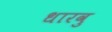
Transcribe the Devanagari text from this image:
धारवु